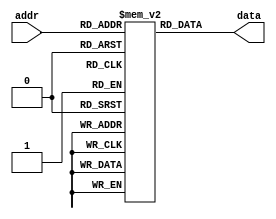
module fuse_rom
(
    input [7:0] addr,
    output reg [7:0] data
);

reg [7:0] memory [0:255];

initial begin
    // Initialize the memory with pre-programmed data values
    // Fill in the memory values based on the required data
end

always @* begin
    // Read the data from the selected memory location
    data = memory[addr];
end

endmodule